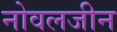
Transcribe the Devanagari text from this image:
नोवलजीन